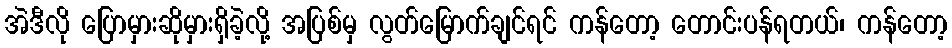
အဲဒီလို ပြောမှားဆိုမှားရှိခဲ့လို့ အပြစ်မှ လွတ်မြောက်ချင်ရင် ကန်တော့ တောင်းပန်ရတယ်၊ ကန်တော့